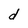
Character: d